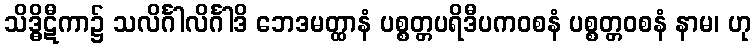
သိဒ္ဓိဋီကာ၌ သလိင်္ဂါလိင်္ဂါဒိ ဘေဒမတ္ထာနံ ပစ္စတ္တပရိဒီပကဝစနံ ပစ္စတ္တဝစနံ နာမ၊ ဟု